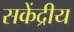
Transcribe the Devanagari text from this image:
सकेंद्रीय